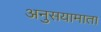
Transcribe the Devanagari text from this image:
अनुसयामाता